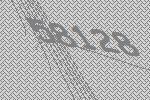
58128